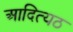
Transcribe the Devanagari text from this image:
आदित्यठ